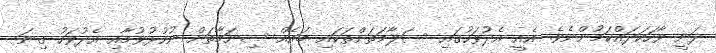
ދަނީ ވާހަކަދައްކަމުންނެވެ. އެއީ އެދުވަހުގައި ސަލާމަތަށްތަކައި ބައެއް ސިނަމާތަށް ނުހުޅުވުމާއި އެދުވަހު ގިނަ